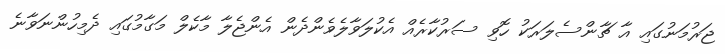
ޖަރުމަނުގައި އާ ޗާންސެލަރަކު ހޮވި ސަރުކާރެއް އެކުލަވާލެވެންދެން އެންޖެލާ މާކެލް މަގާމުގައި ދެމިހުންނަވާނެ